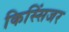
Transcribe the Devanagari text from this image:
किस्सिंजर